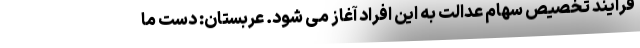
فرآیند تخصیص سهام عدالت به این افراد آغاز می شود. عربستان: دست ما